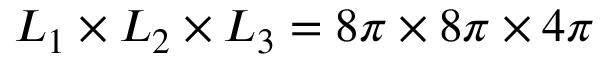
{ L _ { 1 } } \times { L _ { 2 } } \times { L _ { 3 } } = 8 \pi \times 8 \pi \times 4 \pi